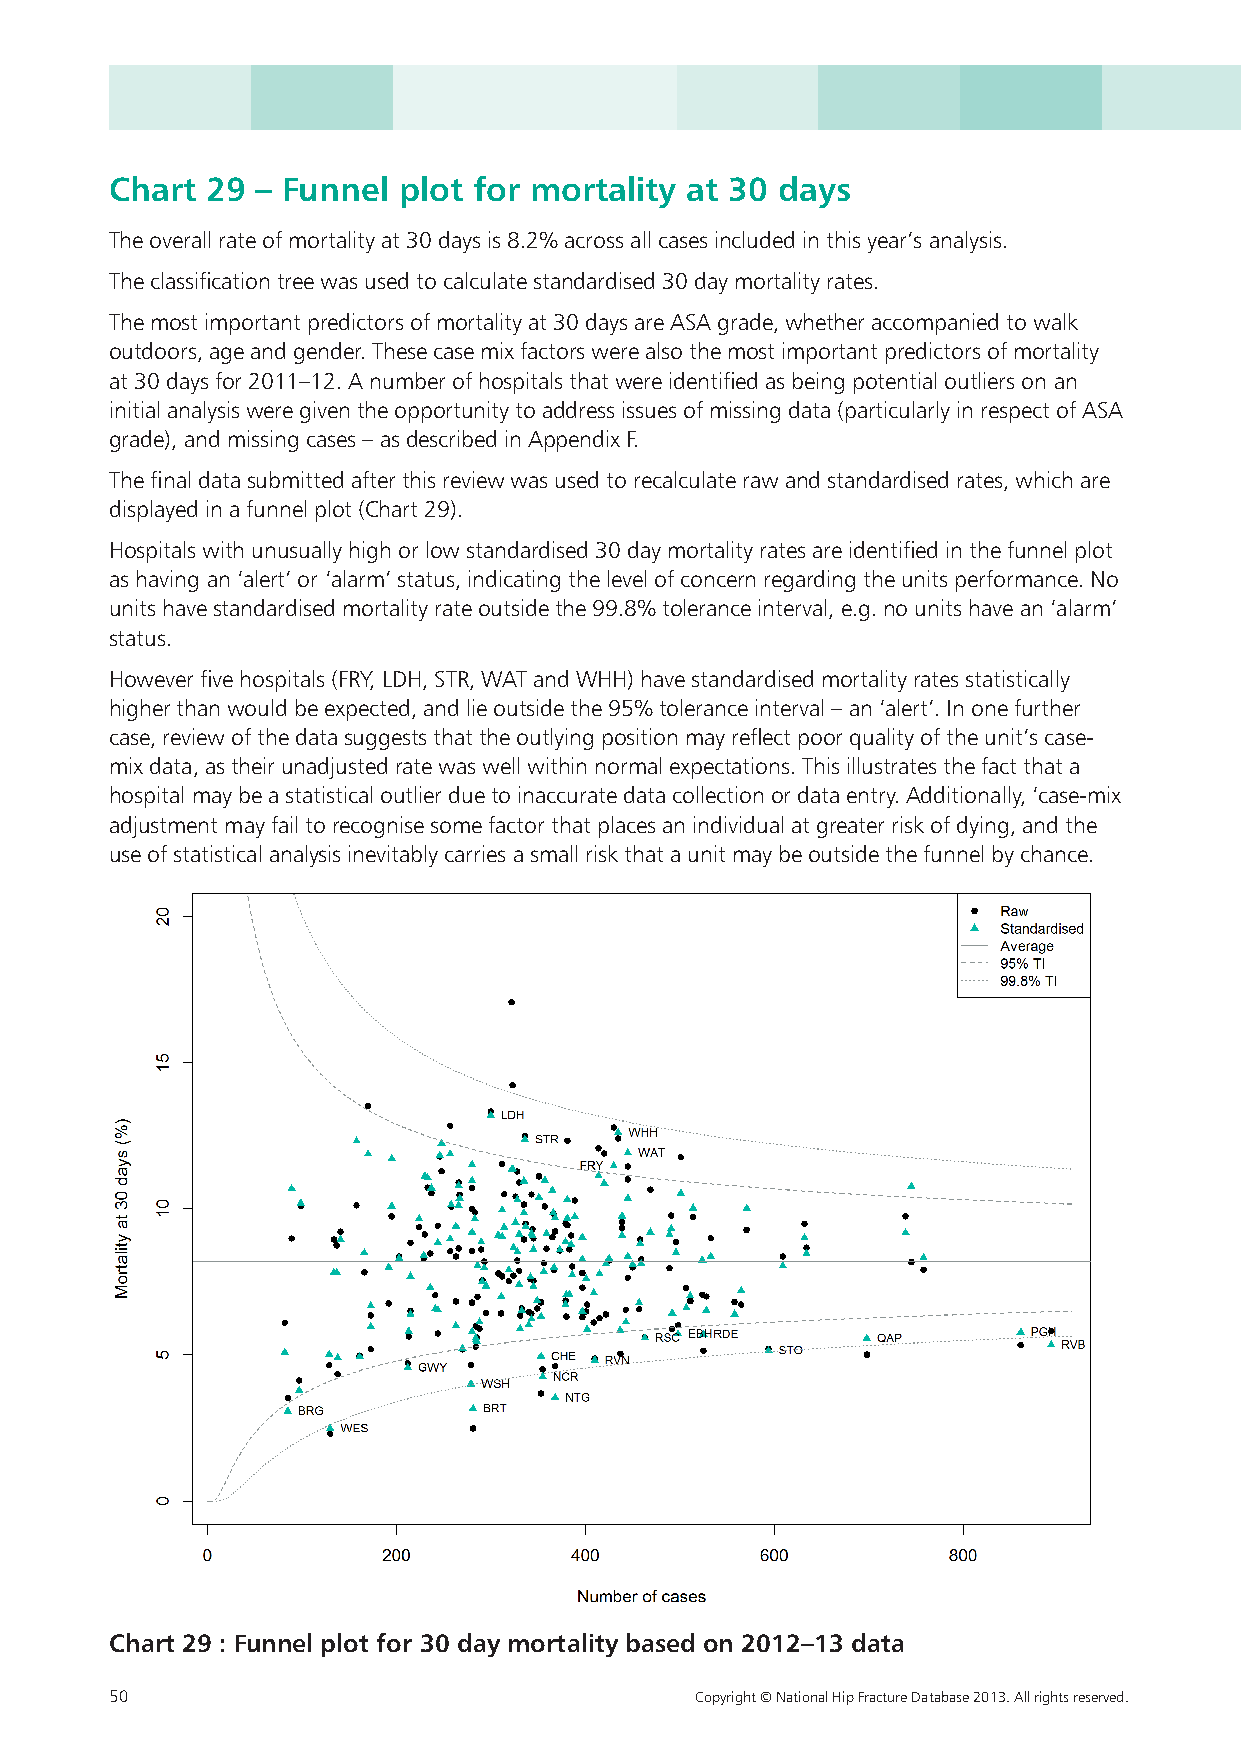
Chart  29 – Funnel plot for mortality at 30  days
 The overall rate of mortality at 30 days is 8.2% across all cases included in this year’s analysis.
 The classification tree was used to calculate standardised 30 day mortality rates.
 The most important predictors of mortality at 30 days are ASA grade, whether accompanied to walk
 outdoors, age and gender. These case mix factors were also the most important predictors of mortality
 at 30 days for 2011–12. A number of hospitals that were identified as being potential outliers on an
 initial analysis were given the opportunity to address issues of missing data (particularly in respect of ASA
 grade), and missing cases – as described in Appendix F.
 The final data submitted after this review was used to recalculate raw and standardised rates, which are
 displayed in a funnel plot (Chart 29).
 Hospitals with unusually high or low standardised 30 day mortality rates are identified in the funnel plot
 as having an ‘alert’ or ‘alarm’ status, indicating the level of concern regarding the units performance. No
 units have standardised mortality rate outside the 99.8% tolerance interval, e.g. no units have an ‘alarm’
 status.
 However five hospitals (FRY, LDH, STR, WAT and WHH) have standardised mortality rates statistically
 higher than would be expected, and lie outside the 95% tolerance interval – an ‘alert’. In one further
 case, review of the data suggests that the outlying position may reflect poor quality of the unit’s c ase-
 mix data, as their unadjusted rate was well within normal expectations. This illustrates the fact that a
 hospital may be a statistical outlier due to inaccurate data collection or data entry. Additionally, ‘case-mix
 adjustment may fail to recognise some factor that places an individual at greater risk of dying, and the
 use of statistical analysis inevitably carries a small risk that a unit may be outside the funnel by chance.
 Chart 29 : Funnel plot for 30 day mortality based on 2012–13 data
 50                                     Copyright © National Hip Fracture Database 2013. All rights reserved.